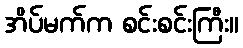
အိပ်မက်က စင်းစင်းကြီး။